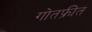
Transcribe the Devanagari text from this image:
गोतफ्रीत